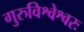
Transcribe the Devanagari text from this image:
गुरुविश्वेश्वरः